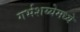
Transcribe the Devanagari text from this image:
गर्भशय्येमध्ये